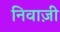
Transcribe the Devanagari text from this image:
निवाज़ी